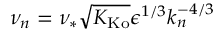
\nu _ { n } = \nu _ { * } \sqrt { K _ { \mathrm { K o } } } \epsilon ^ { 1 / 3 } k _ { n } ^ { - 4 / 3 }